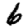
Digit: 6